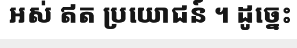
អស់ ឥត ប្រយោជន៍ ។ ដូច្នេះ